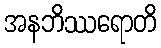
အနဘိဿရောတိ